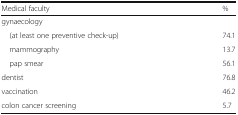
| Medical faculty | % |
 | --- | --- |
 | <COLSPAN=2> gynaecology |
 | (at least one preventive check-up) | 74.1 |
 | mammography | 13.7 |
 | pap smear | 56.1 |
 | dentist | 76.8 |
 | vaccination | 46.2 |
 | colon cancer screening | 5.7 |